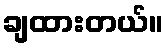
ချထားတယ်။